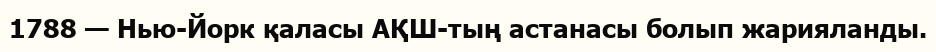
1788 — Нью-Йорк қаласы АҚШ-тың астанасы болып жарияланды.